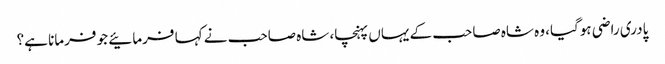
پادری راضی ہوگیا، وہ شاہ صاحب کے یہاں پہنچا، شاہ صاحب نے کہا فرمائیے جو فرمانا ہے؟